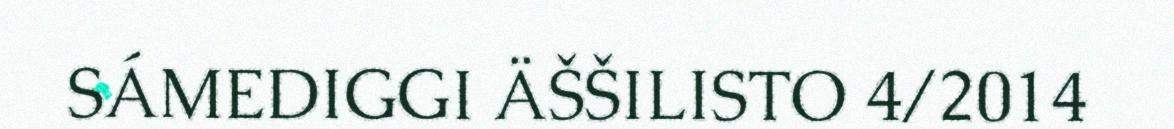
SÁMEDIGGI ÄŠŠILISTO 4/2014